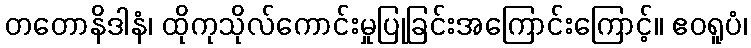
တတောနိဒါနံ၊ ထိုကုသိုလ်ကောင်းမှုပြုခြင်းအကြောင်းကြောင့်။ ဧဝရူပံ၊